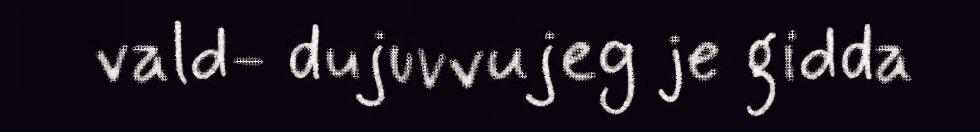
vald- dujuvvujeg je gidda